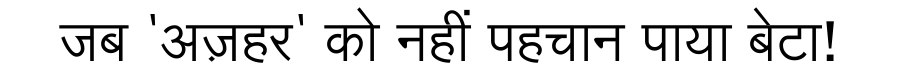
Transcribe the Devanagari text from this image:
जब 'अज़हर' को नहीं पहचान पाया बेटा!